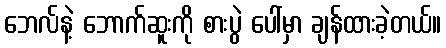
ဘေလ်နဲ့ ဘောက်ဆူးကို စားပွဲ ပေါ်မှာ ချန်ထားခဲ့တယ်။